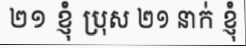
២១ ខ្ញុំ ប្រុស ២១ នាក់ ខ្ញុំ